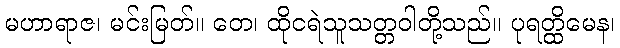
မဟာရာဇ၊ မင်းမြတ်။ တေ၊ ထိုငရဲသူသတ္တဝါတို့သည်။ ပုရတ္ထိမေန၊